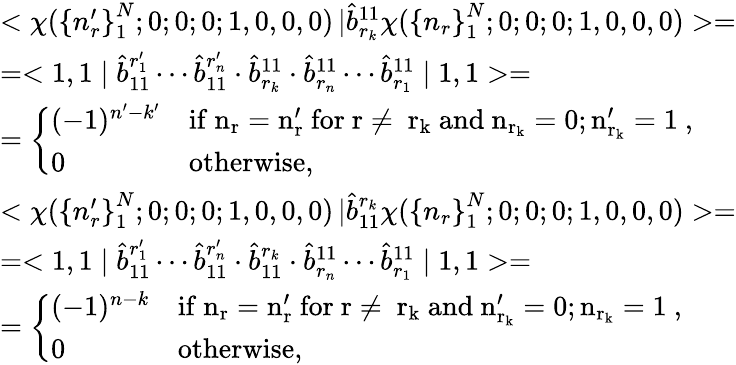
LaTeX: \begin{array}{l}{{<\chi({\{ n_{r}^{\prime}\} }_{1}^{N};0;0;0;1,0,0,0)\left|\right.\hat{b}_{r_{k}}^{11}\chi({\{ n_{r}\} }_{1}^{N};0;0;0;1,0,0,0)>=}}\\ {{=<1,1\mid\hat{b}_{11}^{r_{1}^{\prime}}\cdots\hat{b}_{11}^{r_{n}^{\prime}}\cdot\hat{b}_{r_{k}}^{11}\cdot\hat{b}_{r_{n}}^{11}\cdots\hat{b}_{r_{1}}^{11}\mid 1,1>=}}\\ {{=\left\{ \begin{array}{ll}{{(-1)^{n^{\prime}-k^{\prime}}}}&{{\mathrm{if~n_{r}=n_{r}^{\prime}~for~r\neq~r_{k}~and~n_{r_{k}}=0;n_{r_{k}}^{\prime}=1~},}}\\ {{0}}&{{\mathrm{otherwise},}}\end{array}\right.}}\\ {{<\chi({\{ n_{r}^{\prime}\} }_{1}^{N};0;0;0;1,0,0,0)\left|\right.\hat{b}_{11}^{r_{k}}\chi({\{ n_{r}\} }_{1}^{N};0;0;0;1,0,0,0)>=}}\\ {{=<1,1\mid\hat{b}_{11}^{r_{1}^{\prime}}\cdots\hat{b}_{11}^{r_{n}^{\prime}}\cdot\hat{b}_{11}^{r_{k}}\cdot\hat{b}_{r_{n}}^{11}\cdots\hat{b}_{r_{1}}^{11}\mid 1,1>=}}\\ {{=\left\{ \begin{array}{ll}{{(-1)^{n-k}}}&{{\mathrm{if~n_{r}=n_{r}^{\prime}~for~r\neq~r_{k}~and~n_{r_{k}}^{\prime}=0;n_{r_{k}}=1~},}}\\ {{0}}&{{\mathrm{otherwise},}}\end{array}\right.}}\end{array}